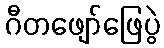
ဂီတဖျော်ဖြေပွဲ